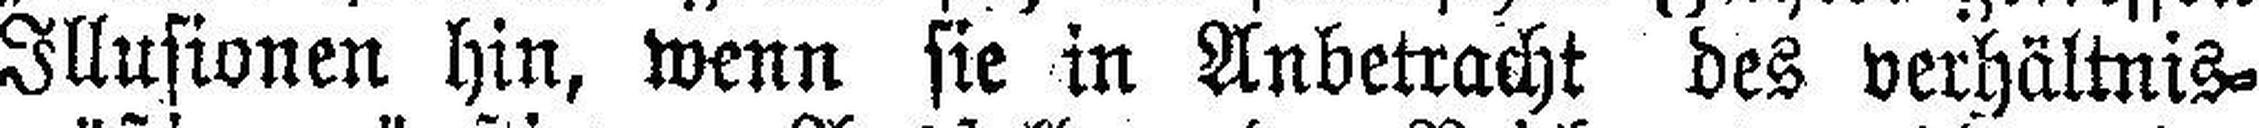
Illusionen hin, wenn sie in Anbetracht des verhältnis¬